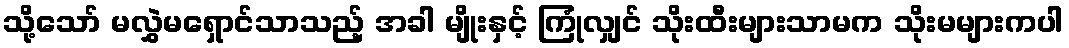
သို့သော် မလွှဲမရှောင်သာသည့် အခါ မျိုးနှင့် ကြုံလျှင် သိုးထီးများသာမက သိုးမများကပါ